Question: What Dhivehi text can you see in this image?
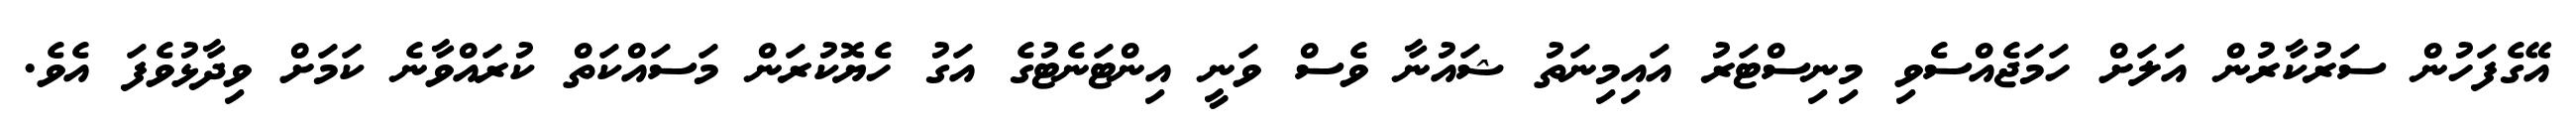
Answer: އޭގެފަހުން ސަރުކާރުން އަލަށް ހަމަޖެއްސެވި މިނިސްޓަރު އައިމިނަތު ޝައުނާ ވެސް ވަނީ އިންޓަނެޓުގެ އަގު ހެޔޮކުރަން މަސައްކަތް ކުރައްވާނެ ކަމަށް ވިދާޅުވެފަ އެވެ.